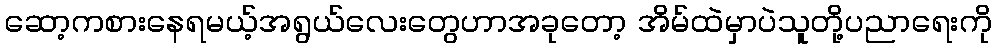
ဆော့ကစားနေရမယ့်အရွယ်လေးတွေဟာအခုတော့ အိမ်ထဲမှာပဲသူတို့ပညာရေးကို